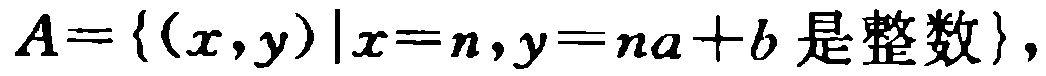
\(A = \{ (x,y)\mid x = n, y = na + b\text{ 是整数}\}\)